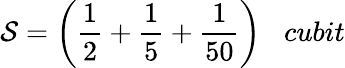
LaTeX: \mathcal{S}={\bigg(}{\frac{{1}}{{2}}}+{\frac{{1}}{{5}}}+{\frac{{1}}{{50}}}{\bigg)}\; \; \; cubit